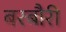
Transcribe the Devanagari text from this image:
बरबौरी